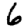
Digit: 6